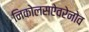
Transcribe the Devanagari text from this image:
निकोलसऐवरेनोव